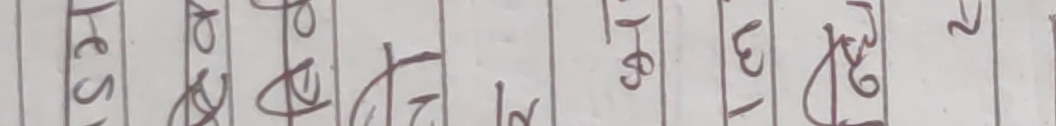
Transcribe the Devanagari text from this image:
लेस क द त ल सो ३ न र